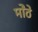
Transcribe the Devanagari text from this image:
मोेठे